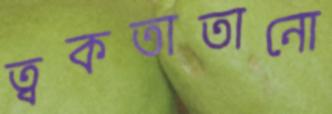
ত্বকতাতানো